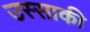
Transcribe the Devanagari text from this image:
उस्साकी